Senior Leaving Certificate Examination (including Day School Certificate (Higher) General paper), 1950
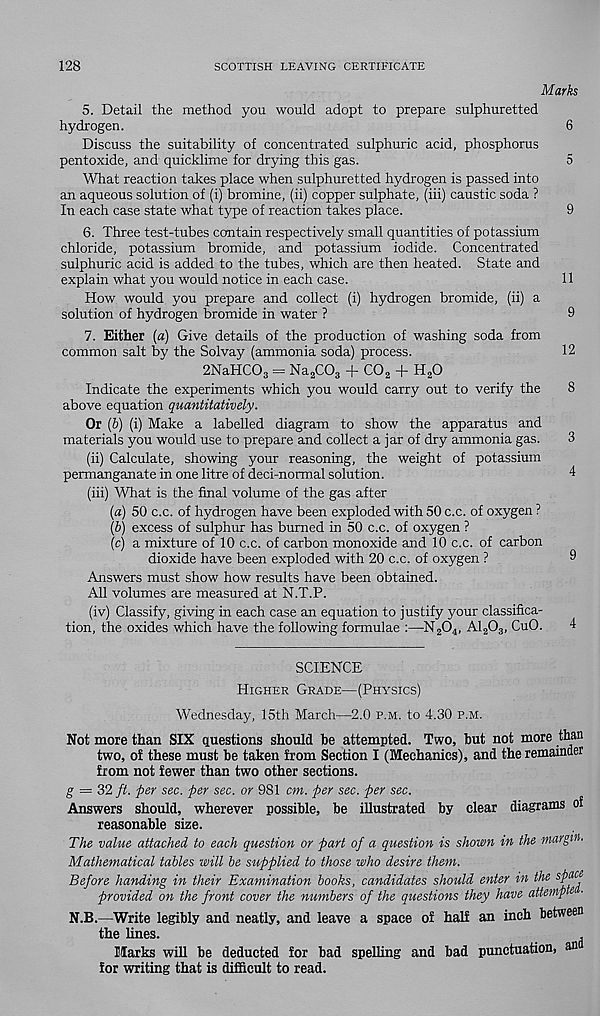
128
SCOTTISH LEAVING CERTIFICATE
Marks
5. Detail the method you would adopt to prepare sulphuretted
hydrogen.
6
Discuss the suitability of concentrated sulphuric acid, phosphorus
pentoxide, and quicklime for drying this gas.
5
What reaction takes place when sulphuretted hydrogen is passed into
an aqueous solution of (i) bromine, (ii) copper sulphate, (iii) caustic soda ?
In each case state what type of reaction takes place.
9
6. Three test-tubes contain respectively small quantities of potassium
chloride, potassium bromide, and potassium iodide. Concentrated
sulphuric acid is added to the tubes, which are then heated. State and
explain what you would notice in each case.
11
How would you prepare and collect (i) hydrogen bromide, (ii) a
solution of hydrogen bromide in water ?
9
7. Either [a) Give details of the production of washing soda from
common salt by the Solvay (ammonia soda) process.
12
2NaHC0 3 = Na 2 C0 3 + C0 2 + H 2 0
Indicate the experiments which you would carry out to verify the
8
above equation quantitatively.
Or (b) (i) Make a labelled diagram to show the apparatus and
materials you would use to prepare and collect a jar of dry ammonia gas.
3
(ii) Calculate, showing your reasoning, the weight of potassium
permanganate in one litre of deci-normal solution.
4
(iii) "What is the final volume of the gas after
{a) 50 c.c. of hydrogen have been exploded with 50 c.c. of oxygen ?
{b) excess of sulphur has burned in 50 c.c. of oxygen ?
(cj a mixture of 10 c.c. of carbon monoxide and 10 c.c. of carbon
dioxide have been exploded with 20 c.c. of oxygen ?
Answers must show how results have been obtained.
All volumes are measured at N.T.P.
(iv) Classify, giving in each case an equation to justify your classifica-
tion, the oxides which have the following formulae :—N 2 0 4 , A1 2 0 3 , CuO.
SCIENCE
Higher Grade—(Physics)
Wednesday, 15th March—2.0 p.m. to 4.30 p.m.
Not more than SIX questions should he attempted. Two, hut not more than
two, of these must he taken from Section I (Mechanics), and the remainder
from not fewer than two other sections.
g = 32 ft. per sec. per sec. or 981 cm. per sec. per sec.
Answers should, wherever possible, he illustrated by clear diagrams of
reasonable size.
The value attached to each question or part of a question is shown in the margin.
Mathematical tables will be supplied to those who desire them.
Before handing in their Examination books, candidates should enter in the space
provided on the front cover the numbers of the questions they have attempts
N.B.—Write legibly and neatly, and leave a space of half an inch between
the lines.
,
Marks will he deducted for had spelling and had punctuation, an
for writing that is difficult to read.